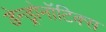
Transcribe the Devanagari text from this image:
डेन्ड्रोनॉटिक्स